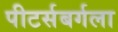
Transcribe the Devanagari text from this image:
पीटर्सबर्गला